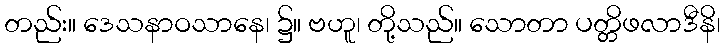
တည်း။ ဒေသနာဝသာနေ၊ ၌။ ဗဟူ၊ တို့သည်။ သောတာ ပတ္တိဖလာဒီနိ၊